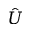
\hat { U }